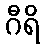
ဂီရိ